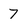
Character: 7